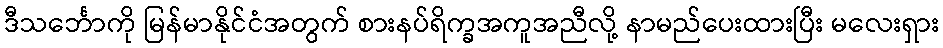
ဒီသင်္ဘောကို မြန်မာနိုင်ငံအတွက် စားနပ်ရိက္ခအကူအညီလို့ နာမည်ပေးထားပြီး မလေးရှား